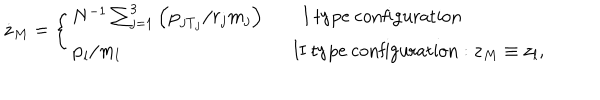
\dot { \bf z } _ { M } = \left\{ \begin{array} { l l } { { N ^ { - 1 } \sum _ { j = 1 } ^ { 3 } \left( { \bf p } _ { j \mathrm { T } _ { j } } / r _ { j } m _ { j } \right) \qquad \mathrm { I ~ t y p e ~ c o n f i g u r a t i o n } } } & { { } } \\ { { { \bf p } _ { l } / m _ { l } \qquad \qquad \qquad \qquad \quad \mathrm { ~ I I ~ t y p e ~ c o n f i g u r a t i o n } : { \bf z } _ { M } \equiv { \bf z } _ { l } , } } \\ \end{array} \right.